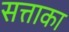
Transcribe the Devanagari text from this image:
सत्ताका